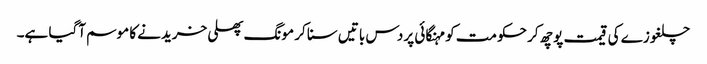
چلغوزے کی قیمت پوچھ کر حکومت کو مہنگائی پر دس باتیں سنا کر مونگ پھلی خریدنے کا موسم آگیا ہے۔